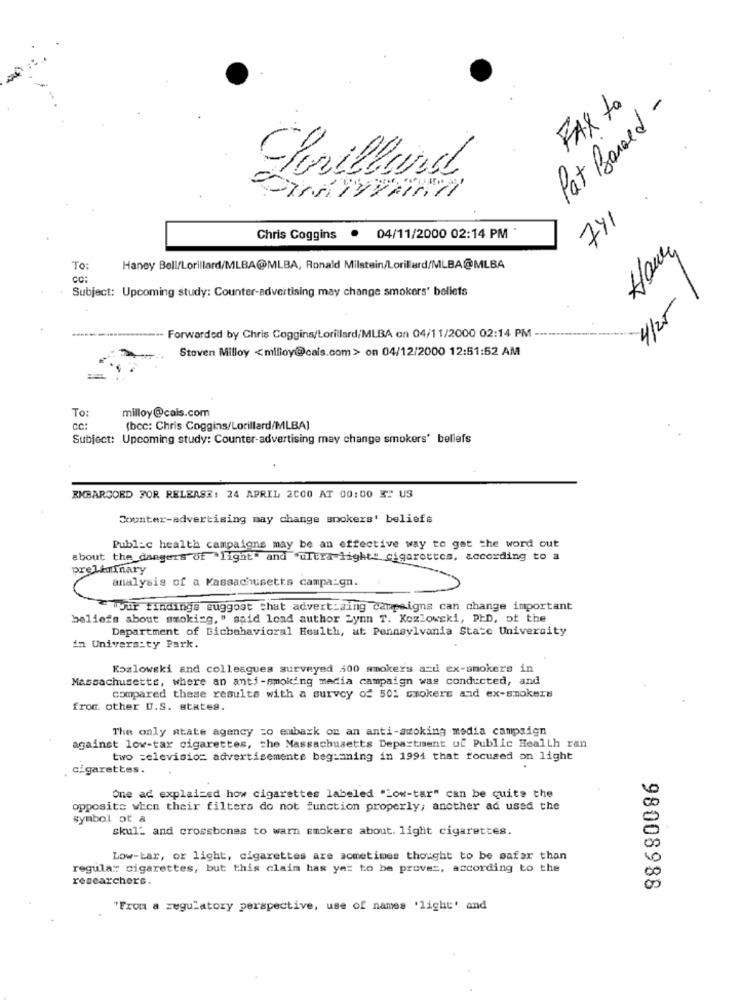
FAX to
Pat Based -
brillard
741
Chris Coggins . 04/11/2000 02:14 PM
Hour
To:
Haney BellfLorillard/MLBA@MLBA, Ronald Milstein/Lorillard/MLBA@MLBA
CC:
Subject: Upcoming study: Counter-advertising may change smokers' beliefs
4/25
Forwarded by Chris Coggins/Lorillard/MLBA on 04/11/2000 02:14 PM-
Stoven Milloy <milloy@cais.com> on 04/12/2000 12:51:52 AM
To:
milloy@cais.com
CC:
(bcc: Chris Coggins/Lorillard/MLBA)
Subject: Upcoming study: Counter-advertising may change smokers' bellefs
EMBARGOED FOR RELEASE: 24 APRIL 2000 AT 00:00 3" US
Counter-advertising may change spokers' beliefs
Public health campaigns may be an effective way to gat the word out
about the dangers of light and ultra light" cigarettes, according to a
preliminary
analysis of a Massachusetts campaign.
*your findings suggest that advertising campaigns can change important
beliefs about smoking, " said load author Lynn T. Kozlowski, PHD, of the
Department of Bicbehavioral Health, at Pennsylvania State University
in University Park.
Kozlowski and colleagues surveyed 400 smokers and ex-smokers in
Massachusetts, where an anti-mmoking media campaign was conducted, and
Compared these results with a survey of 501 smokers and ex-smokers
from other U.S. states.
The only atate agency zo embark on an anti-awoking media campaign
against lov-tar cigarettes, the Massachusetts Department of Public Health ran
two television advertisemente beginning in 1994 that focused on light
cigarettes.
One ad explained how cigarettes labeled "Low-tar" can be quite the
opposite when their filters do not function properly; another ad used the
symbol ot a
skul- and crossbones to warn smokers about. light cigarettes.
Low-tar, or light, cigarettes are sometimes thought to be safar than
regula: cigarettes, but this claim has yet to be proves, according to the
researchers.
98008988
"From a regulatory perspective, use of names 'light' and